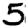
Digit: 5